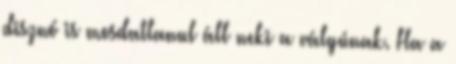
disznó is mosdatlanul áll neki a vályúnak. Ha a